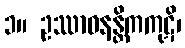
၁။ ဥဿာဝနန္တိကကုဋိ၊